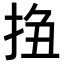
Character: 𢬆